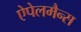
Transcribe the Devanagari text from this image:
ऐपेलमैन्स